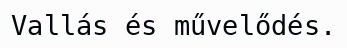
Vallás és művelődés.